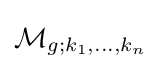
{\mathcal {M}}_{g;k_{1},\dots ,k_{n}}